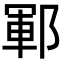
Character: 鄆